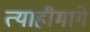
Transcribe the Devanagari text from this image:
त्याहीमागे